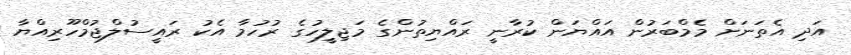
އަދި އެތަނަށް މެމްބަރުން އައްޔަން ކުރާނީ ރައްޔިތުންގެ މަޖިލީހުގެ ރުހުމާ އެކު ރައީސުލްޖުމްހޫރިއްޔާ